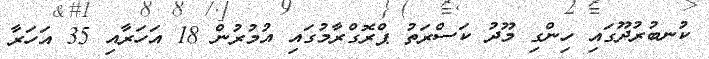
ކުނބުރުދޫގައި ހިންގި މޫދު ކަސްރަތު ޕްރޮގްރާމުގައި އުމުރުން 18 އަހަރާއި 35 އަހަރާ